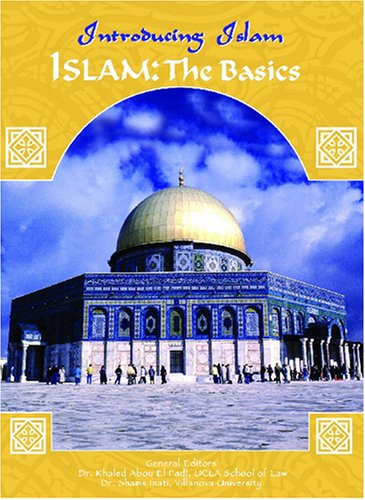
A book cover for Islam: The Basics (Introducing Islam); Kim Whitehead; Teen & Young Adult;